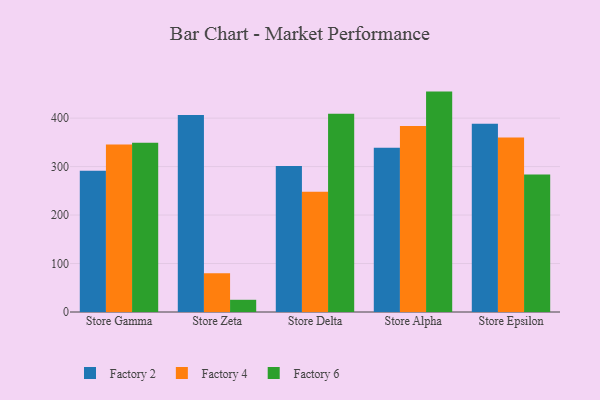
{"axis": {"x": "Store", "y": "Latency (ms)"}, "legend": ["Factory 2", "Factory 4", "Factory 6"], "data": [{"x": "Store Gamma", "y": 291.4, "type": "Factory 2"}, {"x": "Store Gamma", "y": 345.8, "type": "Factory 4"}, {"x": "Store Gamma", "y": 349.3, "type": "Factory 6"}, {"x": "Store Zeta", "y": 406.3, "type": "Factory 2"}, {"x": "Store Zeta", "y": 79.7, "type": "Factory 4"}, {"x": "Store Zeta", "y": 25.2, "type": "Factory 6"}, {"x": "Store Delta", "y": 301.2, "type": "Factory 2"}, {"x": "Store Delta", "y": 248.1, "type": "Factory 4"}, {"x": "Store Delta", "y": 409.2, "type": "Factory 6"}, {"x": "Store Alpha", "y": 338.9, "type": "Factory 2"}, {"x": "Store Alpha", "y": 383.5, "type": "Factory 4"}, {"x": "Store Alpha", "y": 454.7, "type": "Factory 6"}, {"x": "Store Epsilon", "y": 388.5, "type": "Factory 2"}, {"x": "Store Epsilon", "y": 359.8, "type": "Factory 4"}, {"x": "Store Epsilon", "y": 283.9, "type": "Factory 6"}]}